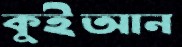
কুইআন